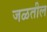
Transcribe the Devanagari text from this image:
जळतील